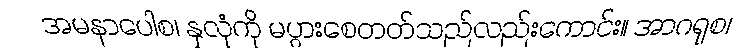
အမနာပေါစ၊ နှလုံကို မပွားစေတတ်သည်လည်းကောင်း။ အာဂရုစ၊